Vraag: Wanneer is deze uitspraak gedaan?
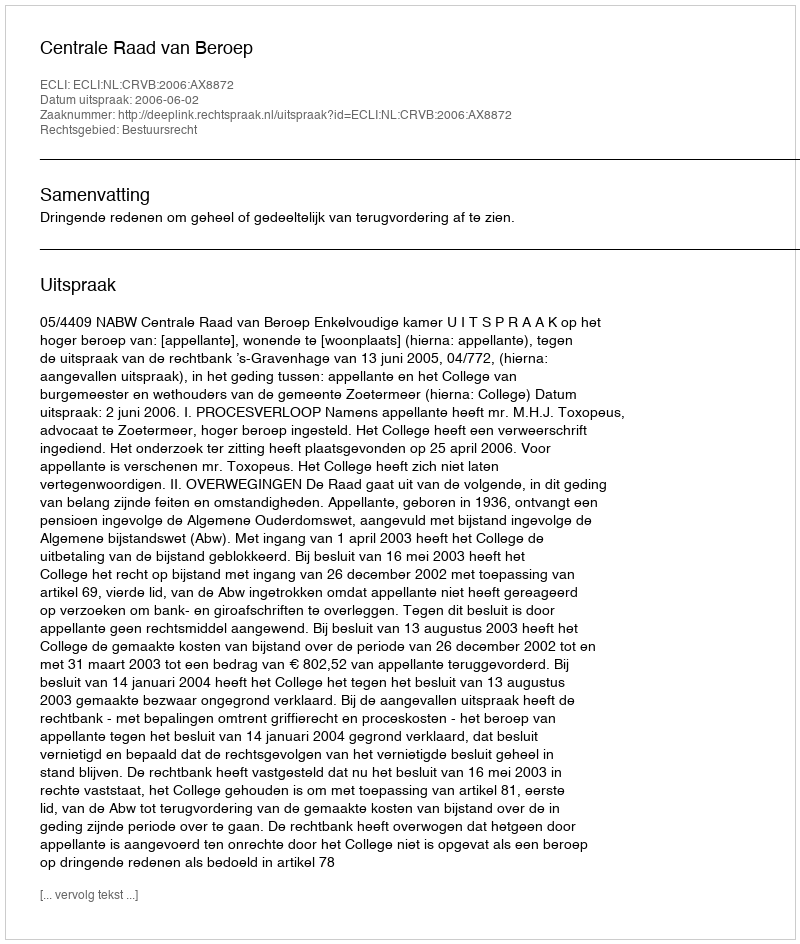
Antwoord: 2006-06-02